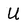
Character: U